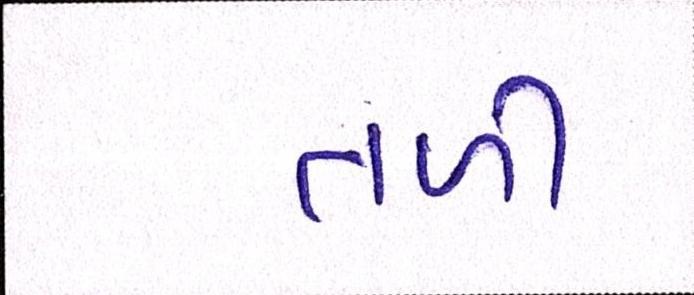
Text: તળી